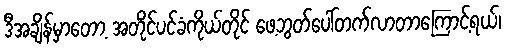
ဒီအချိန်မှာတော့ အတိုင်ပင်ခံကိုယ်တိုင် ဖေ့ဘွတ်ပေါ်တက်လာတာကြောင့်ရယ်၊